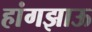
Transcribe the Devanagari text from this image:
हांगझाऊ